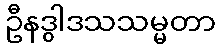
ဦနဒွါဒသသမ္မတာ